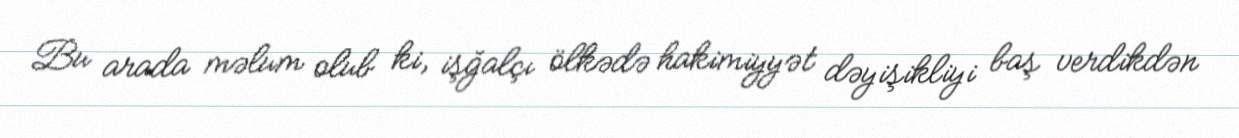
Bu arada məlum olub ki, işğalçı ölkədə hakimiyyət dəyişikliyi baş verdikdən